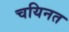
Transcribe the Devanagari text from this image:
चयिनत